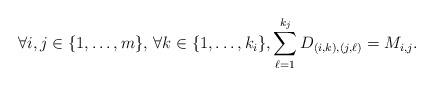
LaTeX: \begin{align*} \forall i,j \in \{1,\dots,m\}, \, \forall k \in \{1,\dots,k_i\}, \sum_{\ell = 1}^{k_j} D_{(i,k),(j,\ell)} = M_{i,j}.\end{align*}